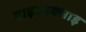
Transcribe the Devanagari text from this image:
डाइआक्साइ